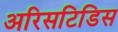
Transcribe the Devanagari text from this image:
अरिसटिडिस